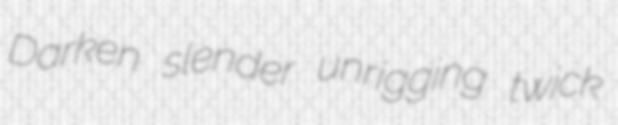
Darken slender unrigging twick